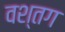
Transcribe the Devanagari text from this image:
वश्तग